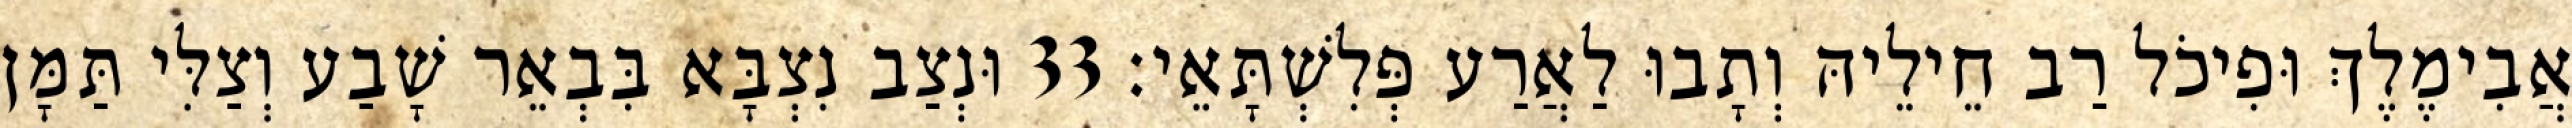
אֲבִימֶלֶךְ וּפִיכֹל רַב חֵילֵיהּ וְתָבוּ לַאֲרַע פְּלִשְׁתָּאֵי׃ 33 וּנְצַב נִצְבָּא בִּבְאֵר שָׁבַע וְצַלִּי תַּמָּן